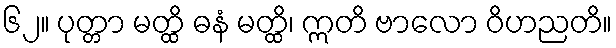
၆၂။ ပုတ္တာ မတ္ထိ ဓနံ မတ္ထိ၊ ဣတိ ဗာလော ဝိဟညတိ။